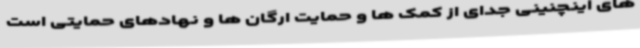
های اینچنینی جدای از کمک ها و حمایت ارگان ها و نهادهای حمایتی است